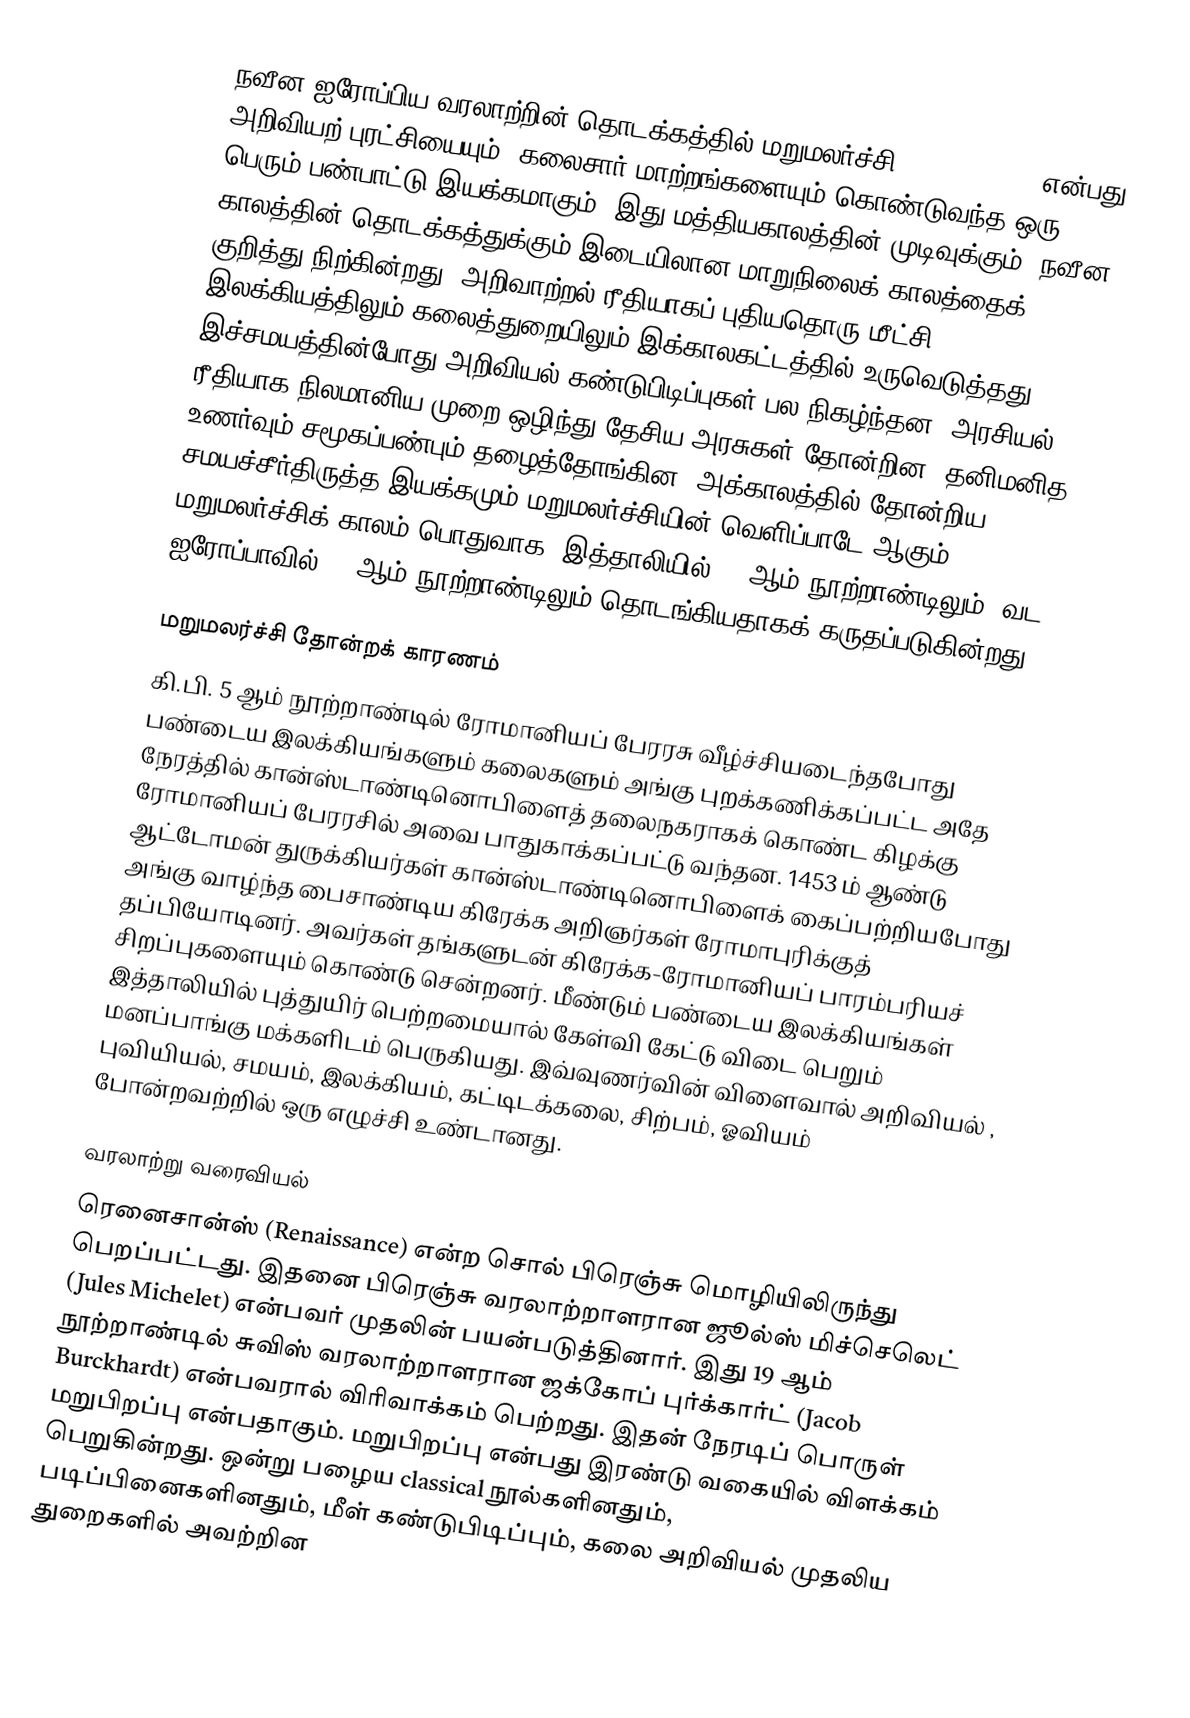
நவீன ஐரோப்பிய வரலாற்றின் தொடக்கத்தில் மறுமலர்ச்சி (Renaissance) என்பது அறிவியற் புரட்சியையும், கலைசார் மாற்றங்களையும் கொண்டுவந்த ஒரு பெரும் பண்பாட்டு இயக்கமாகும். இது மத்தியகாலத்தின் முடிவுக்கும், நவீன காலத்தின் தொடக்கத்துக்கும் இடையிலான மாறுநிலைக் காலத்தைக் குறித்து நிற்கின்றது. அறிவாற்றல் ரீதியாகப் புதியதொரு  மீட்சி இலக்கியத்திலும் கலைத்துறையிலும் இக்காலகட்டத்தில் உருவெடுத்தது. இச்சமயத்தின்போது அறிவியல் கண்டுபிடிப்புகள் பல நிகழ்ந்தன. அரசியல் ரீதியாக நிலமானிய முறை ஒழிந்து தேசிய அரசுகள் தோன்றின. தனிமனித உணர்வும் சமூகப்பண்பும் தழைத்தோங்கின. அக்காலத்தில் தோன்றிய சமயச்சீர்திருத்த இயக்கமும் மறுமலர்ச்சியின் வெளிப்பாடே ஆகும். மறுமலர்ச்சிக் காலம் பொதுவாக, இத்தாலியில் 14 ஆம் நூற்றாண்டிலும், வட ஐரோப்பாவில் 16 ஆம் நூற்றாண்டிலும் தொடங்கியதாகக் கருதப்படுகின்றது.

மறுமலர்ச்சி தோன்றக் காரணம்
கி.பி. 5 ஆம் நூற்றாண்டில் ரோமானியப் பேரரசு வீழ்ச்சியடைந்தபோது பண்டைய இலக்கியங்களும் கலைகளும் அங்கு புறக்கணிக்கப்பட்ட அதே நேரத்தில் கான்ஸ்டாண்டினொபிளைத் தலைநகராகக் கொண்ட கிழக்கு ரோமானியப் பேரரசில் அவை பாதுகாக்கப்பட்டு வந்தன. 1453 ம் ஆண்டு ஆட்டோமன் துருக்கியர்கள் கான்ஸ்டாண்டினொபிளைக் கைப்பற்றியபோது அங்கு வாழ்ந்த பைசாண்டிய கிரேக்க அறிஞர்கள் ரோமாபுரிக்குத் தப்பியோடினர். அவர்கள் தங்களுடன் கிரேக்க-ரோமானியப் பாரம்பரியச் சிறப்புகளையும் கொண்டு சென்றனர். மீண்டும் பண்டைய இலக்கியங்கள் இத்தாலியில் புத்துயிர் பெற்றமையால் கேள்வி கேட்டு விடை பெறும் மனப்பாங்கு மக்களிடம் பெருகியது. இவ்வுணர்வின் விளைவால் அறிவியல் , புவியியல், சமயம், இலக்கியம், கட்டிடக்கலை, சிற்பம், ஓவியம் போன்றவற்றில் ஒரு எழுச்சி உண்டானது.

வரலாற்று வரைவியல்
ரெனைசான்ஸ் (Renaissance) என்ற சொல் பிரெஞ்சு மொழியிலிருந்து பெறப்பட்டது. இதனை பிரெஞ்சு வரலாற்றாளரான ஜூல்ஸ் மிச்செலெட் (Jules Michelet) என்பவர் முதலின் பயன்படுத்தினார். இது 19 ஆம் நூற்றாண்டில் சுவிஸ் வரலாற்றாளரான ஜக்கோப் புர்க்கார்ட் (Jacob Burckhardt) என்பவரால் விரிவாக்கம் பெற்றது. இதன் நேரடிப் பொருள் மறுபிறப்பு என்பதாகும். மறுபிறப்பு என்பது இரண்டு வகையில் விளக்கம் பெறுகின்றது. ஒன்று பழைய classical நூல்களினதும், படிப்பினைகளினதும், மீள் கண்டுபிடிப்பும், கலை அறிவியல் முதலிய துறைகளில் அவற்றின